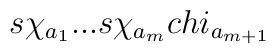
s\chi_{a_{1}}...s\chi_{a_{m}}\\chi_{a_{m+1}}